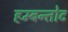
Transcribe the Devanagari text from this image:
हम्बन्तोट